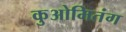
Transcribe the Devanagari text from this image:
कुओमितंग